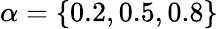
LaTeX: \alpha=\{ 0.2,0.5,0.8\}